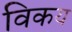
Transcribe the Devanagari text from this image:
विकय